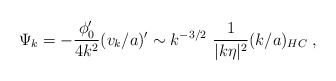
\begin{align*}\Psi_k = - \frac {\phi_0'}{4 k^2} (v_k/a)'\sim k^{-3/2}~\frac {1}{|k \eta|^2} (k/a)_{HC}\; ,\end{align*}